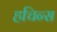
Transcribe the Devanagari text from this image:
हचिन्स